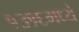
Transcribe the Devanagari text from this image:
१३१६मध्ये